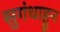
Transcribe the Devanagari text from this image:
सुगंधाहून